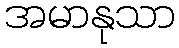
အမာနုသာ